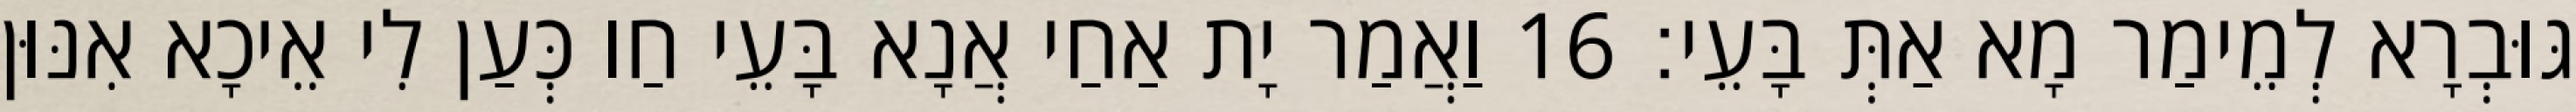
גּוּבְרָא לְמֵימַר מָא אַתְּ בָּעֵי׃ 16 וַאֲמַר יָת אַחַי אֲנָא בָּעֵי חַו כְּעַן לִי אֵיכָא אִנּוּן